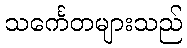
သင်္ကေတများသည်